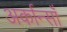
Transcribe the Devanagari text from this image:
अर्कान्साँ